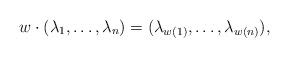
LaTeX: \begin{align*}w\cdot(\lambda_1,\ldots,\lambda_n)=(\lambda_{w(1)},\ldots,\lambda_{w(n)}),\end{align*}